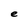
Character: e